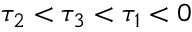
\tau _ { 2 } < \tau _ { 3 } < \tau _ { 1 } < 0